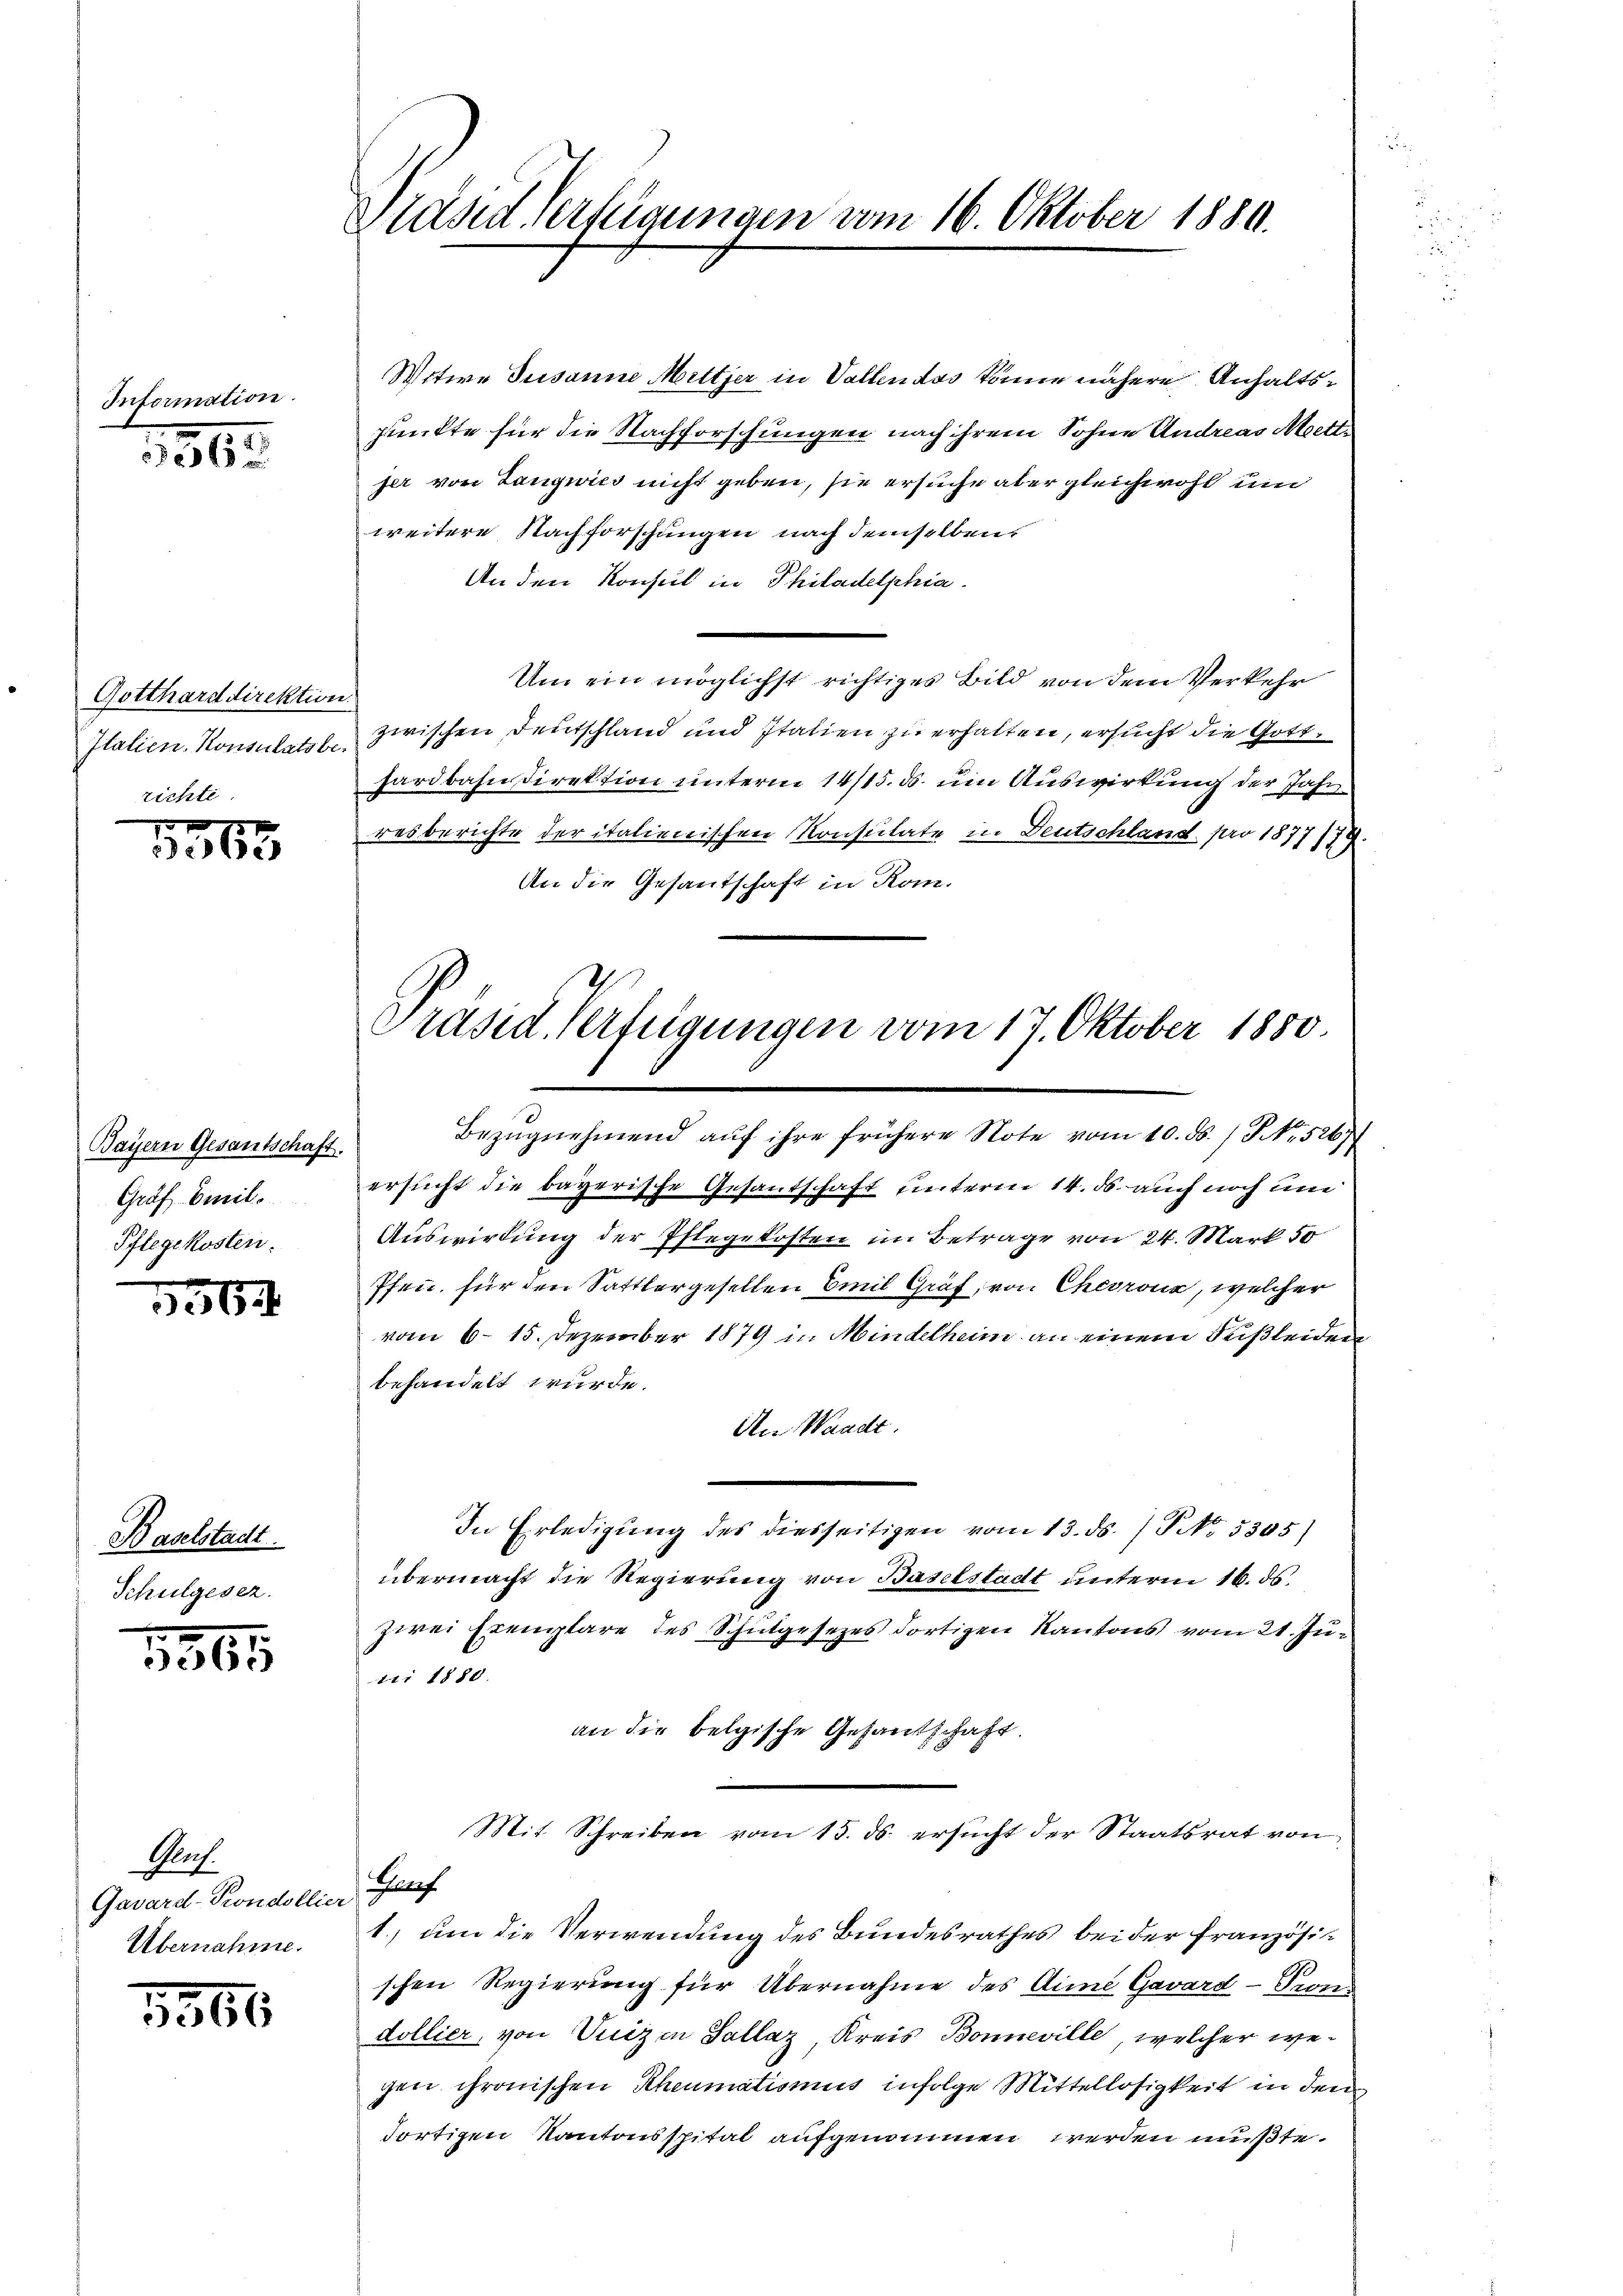
Information

1845

Gotthard direktion
Italien. Konsulatsbe
richte.

e
365

Bayern Gesantschaft.
Graf Emil.
Pflegekosten:

e

Baselstadt.
Schulgesez

1865

Ges.
Gavard-Prondollier
Übernahme.

1566

Präsid Verfügungen vom 16. Oktober 1880.

Witwe Susanne Mitter in Vallen das könne nähere Anhaltspunkte für die Nachforschungen nach ihrem Sohne Andreas Mettjer von Langwies nicht geben, sie ersuche aber gleichwohl um
weitere Nachforschungen nach demselben
An den Konsul in Philadelphia
Um ein möglichst richtiges Bild von dem Verkehr
zwischen Deutschland und Italien zu erhalten, ersucht die Gotthardbahndirektion unterm 14/15. ds. um Auswirkung der Jahr
resberichte der italienischen Konsulate in Deutschland pro 1877174.
An die Gesantschaft in Rom.
x
Bezugnehmend auf ihre frühere Note vom 10. ds. / NNo. 526)
ersucht die bayerische Gesantschaft unterm 14. ds. auch noch und
Auswirkung der Pflegekosten im Betrage von 24. Mark 50
Pfen, für den Sattlergesellen Emil Graf, von Chevrone, welcher
vom 6. 15. Dezember 1879 in Mindelheim an einem Fußleiden
behandelt wurde.
An Waadt.
In Erledigung des diesseitigen vom 13. ds. / NNo. 5305)
übermacht die Regierung von Baselstadt unterm 16. ds.
zwei Exemplare des Schulgesezes dortigen Kantons vom 21. Ju¬
111 1880.
an die belgische Gesandschaft.
Mit Schreiben vom 15. ds. ersucht der Staatsrat von
Prof.
1., um die Verwendung des Bundesrathes bei der französis
schen Regierung für Übernahme des Aime Gavard - Sond
dollier, von Vuizen Sallaz Kreis Bonneville, welcher wegen chronischen Rheumatismus infolge Mittellosigkeit in den
dortigen Kantonsspital aufgenommen werden mußte.

Präsid. Verfügungen vom 17. Oktober 1850.